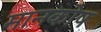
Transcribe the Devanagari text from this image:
मानकोष